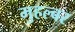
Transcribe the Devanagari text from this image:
मुहल्बर